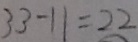
3 3 - 1 1 = 2 2